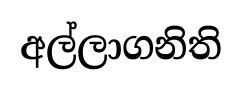
අල්ලාගනිති